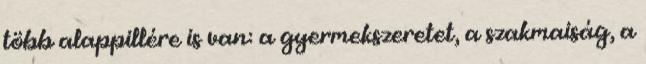
több alappillére is van: a gyermekszeretet, a szakmaiság, a